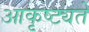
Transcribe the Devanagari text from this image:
आकृष्ट्यते